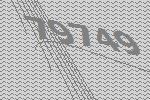
79749